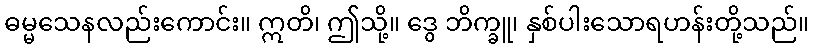
ဓမ္မသေနလည်းကောင်း။ ဣတိ၊ ဤသို့။ ဒွေ ဘိက္ခူ၊ နှစ်ပါးသောရဟန်းတို့သည်။